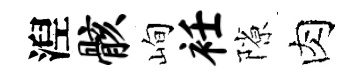
湼骸峋衽隙肉